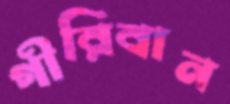
গীরিবান